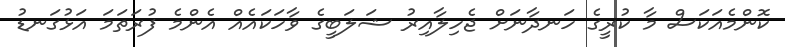
ކޮންމެއަކަސް މާ ކުރީގެ ހަނދާނަށް ޖެހިލާއިރު ޝަލަބީގެ ވާހަކައެއް އެންމެ ފުރަތަމަ އަޅުގަނޑު